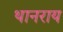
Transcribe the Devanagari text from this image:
थानराय